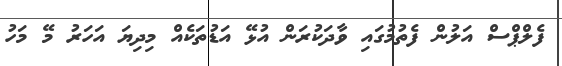
ފެލްޕްސް އަލުން ފެތުމުގައި ވާދަކުރަން އުޅޭ އަޑުތަކެއް މިދިޔަ އަހަރު މޭ މަހު